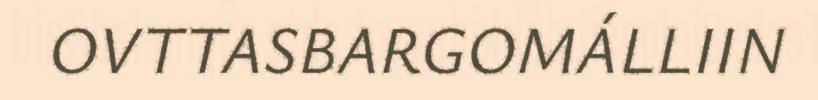
OVTTASBARGOMÁLLIIN